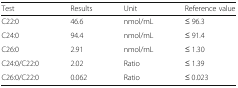
<table><thead><tr><td><b>Test</b></td><td><b>Results</b></td><td><b>Unit</b></td><td><b>Reference value</b></td></tr></thead><tbody><tr><td>C22:0</td><td>46.6</td><td>nmol/mL</td><td>≤ 96.3</td></tr><tr><td>C24:0</td><td>94.4</td><td>nmol/mL</td><td>≤ 91.4</td></tr><tr><td>C26:0</td><td>2.91</td><td>nmol/mL</td><td>≤ 1.30</td></tr><tr><td>C24:0/C22:0</td><td>2.02</td><td>Ratio</td><td>≤ 1.39</td></tr><tr><td>C26:0/C22:0</td><td>0.062</td><td>Ratio</td><td>≤ 0.023</td></tr></tbody></table>